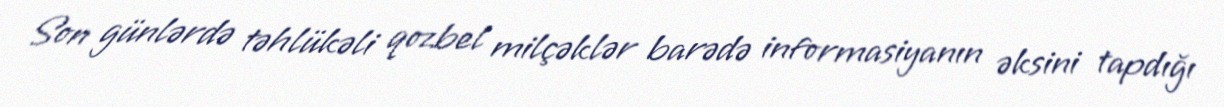
Son günlərdə təhlükəli qozbel milçəklər barədə informasiyanın əksini tapdığı